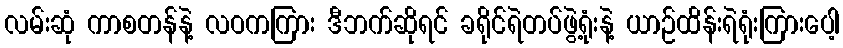
လမ်းဆုံ ကာစတန်နဲ့ လဝကကြား ဒီဘက်ဆိုရင် ခရိုင်ရဲတပ်ဖွဲ့ရုံးနဲ့ ယာဉ်ထိန်းရဲရုံးကြားပေါ့